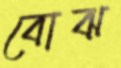
বোঝ